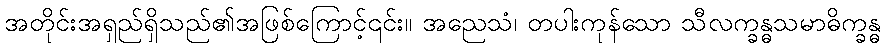
အတိုင်းအရှည်ရှိသည်၏အဖြစ်ကြောင့်၎င်း။ အညေသံ၊ တပါးကုန်သော သီလက္ခန္ဓသမာဓိက္ခန္ဓ